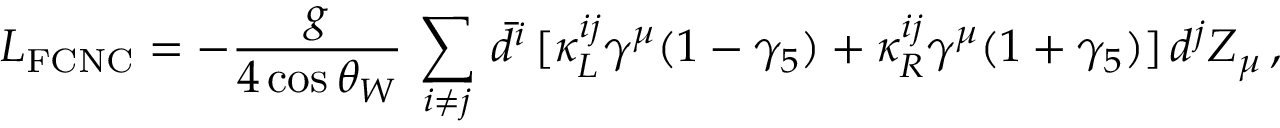
{ \cal L } _ { \mathrm { F C N C } } = - \frac { g } { 4 \cos \theta _ { W } } \, \sum _ { i \neq j } \, \bar { d } ^ { i } \, [ \kappa _ { L } ^ { i j } \gamma ^ { \mu } ( 1 - \gamma _ { 5 } ) + \kappa _ { R } ^ { i j } \gamma ^ { \mu } ( 1 + \gamma _ { 5 } ) ] \, d ^ { j } Z _ { \mu } \, ,